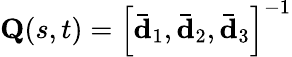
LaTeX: \mathbf{Q}(s,t)=\left[\mathbf{\bar{d}}_{1},\mathbf{\bar{d}}_{2},\mathbf{\bar{d}}_{3}\right]^{-1}